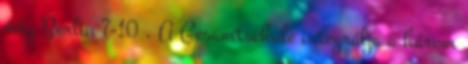
évig Berlin 7-10 . A Gesamtschule integrálja a három